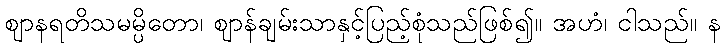
ဈာနရတိသမမ္ပိတော၊ ဈာန်ချမ်းသာနှင့်ပြည့်စုံသည်ဖြစ်၍။ အဟံ၊ ငါသည်။ န